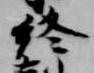
終